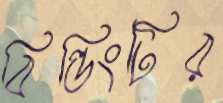
বিল্ডিংটির